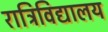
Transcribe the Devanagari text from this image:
रात्रिविद्यालय